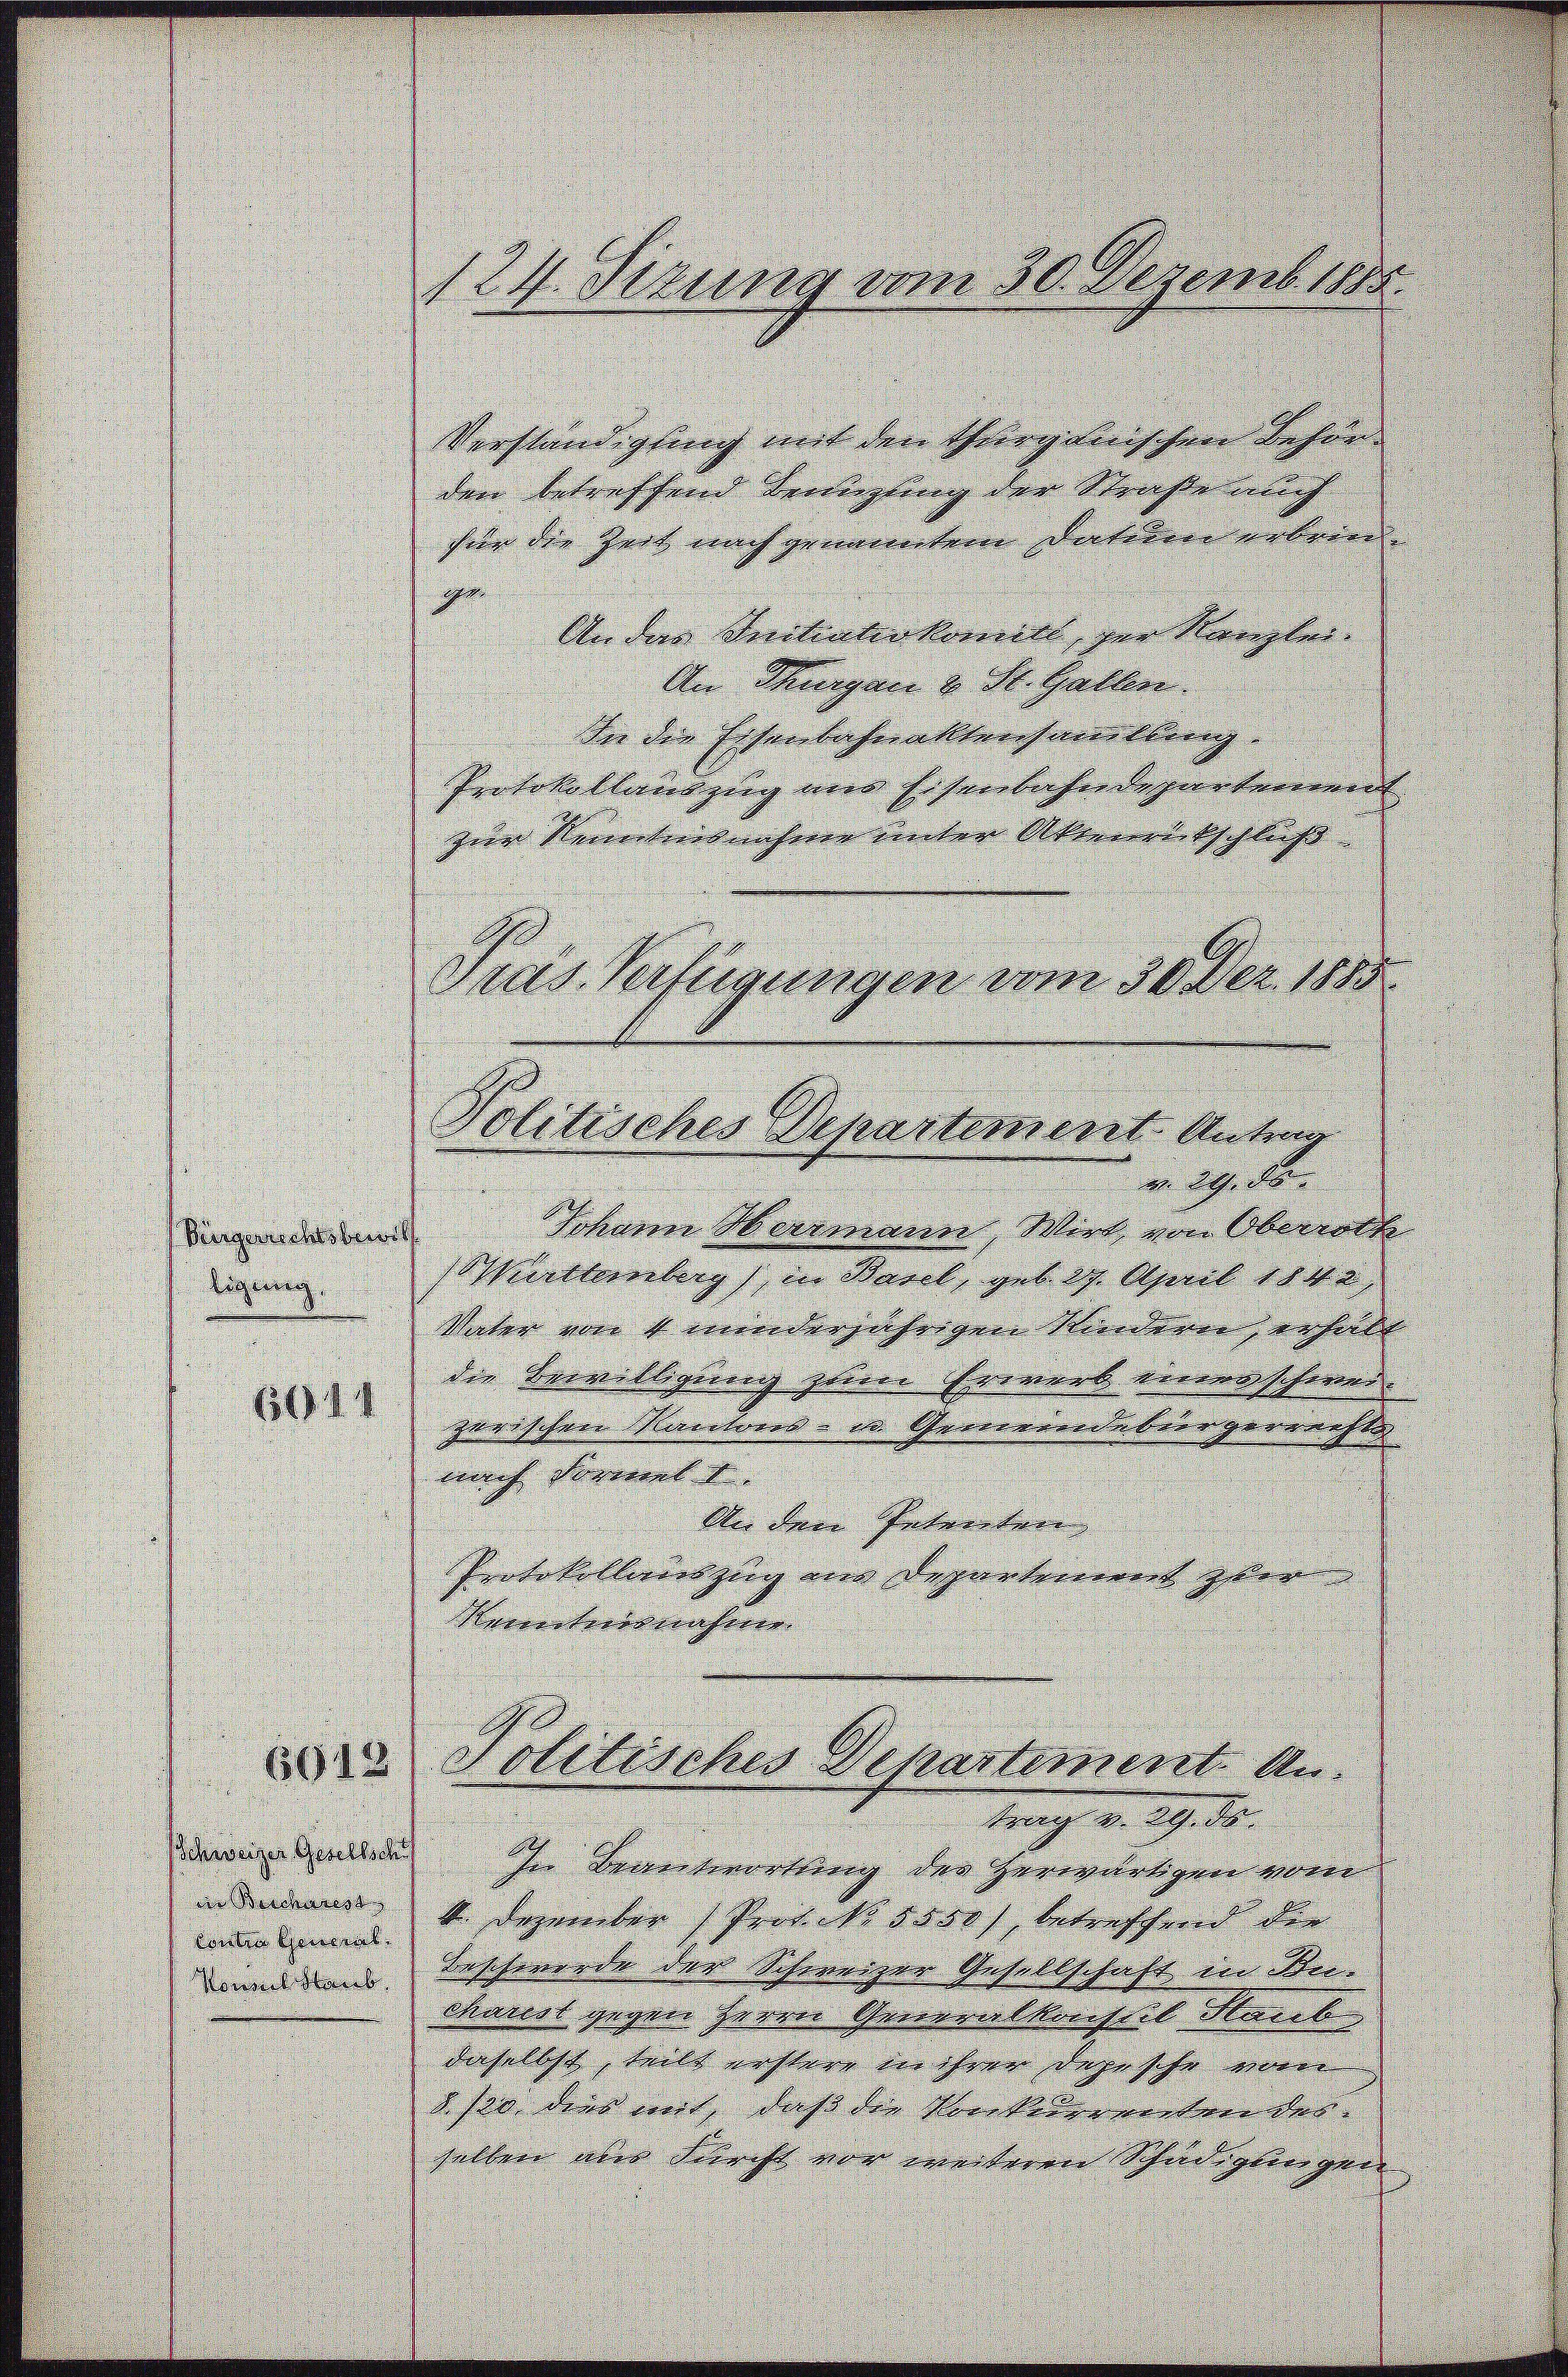
Verständigung mit den Thurganischen Behörden betreffend Beingung der Straße auch
für die Zeit nach genanntem Dacheren erbaren. |
e
An der Initiativkomit, vor Kanzle
An Thurgau u. St. Gallen.
In die Eisenbahnallensmeillung.
Protokollauszug nur Eisenbahndepartement
zum Kenntnisnehmen unter Akereitschluß
G.
Gras. Verfügungen vom 30. Dez. 1885
v. 29. de
Johann Herrmann, Wirt, von Oberrath
Bürgerrechtsbewill
rttemberg), in Basel, geb. 19. April 1842
Eignung
Vater von 4 minderjährigen Morderen erhellt |
den Bewilligung seiner Erwart vieren schwende
6014
zerischen Kantores - in Gewerendenburgerrechte
nach Vormelt.
An den Intreten
Protokollauszug am Departinerent yber
Kenntnisnahme
Politisches Departement. Un-
6618
trag v. Schade
schweiger Gesellschaf
In Beantwortung des herwärtigen vom
n 4. Dezember 1 Prof. No 8300), betreffend der
Borten Geisenb
wunden Beschwerde der Schweizer Gesellschaft in Kercharest gegen Herrn Generalkonsort Marb
daselbst, teilt nichtere in ihrer darische von
2 son den wort, daß der Norikeurementern der |
halben aber Furcht vor weiteren Schädigungen

124. Sizung vom 30. Dezembe

Politisches Departement Antrag